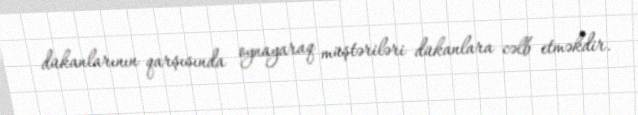
dükanlarının qarşısında oynayaraq müştəriləri dükanlara cəlb etməkdir.